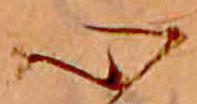
心